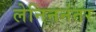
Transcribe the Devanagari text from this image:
लेनिननंतर